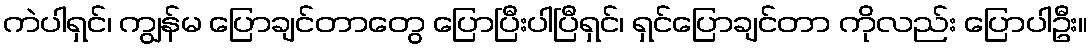
ကဲပါရှင်၊ ကျွန်မ ပြောချင်တာတွေ ပြောပြီးပါပြီရှင်၊ ရှင်ပြောချင်တာ ကိုလည်း ပြောပါဦး။